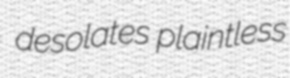
desolates plaintless